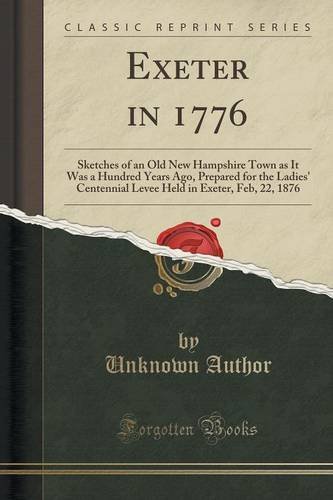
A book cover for Exeter in 1776: Sketches of an Old New Hampshire Town as It Was a Hundred Years Ago, Prepared for the Ladies' Centennial Levee Held in Exeter, Feb, 22, 1876 (Classic Reprint); Unknown Author; Biographies & Memoirs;